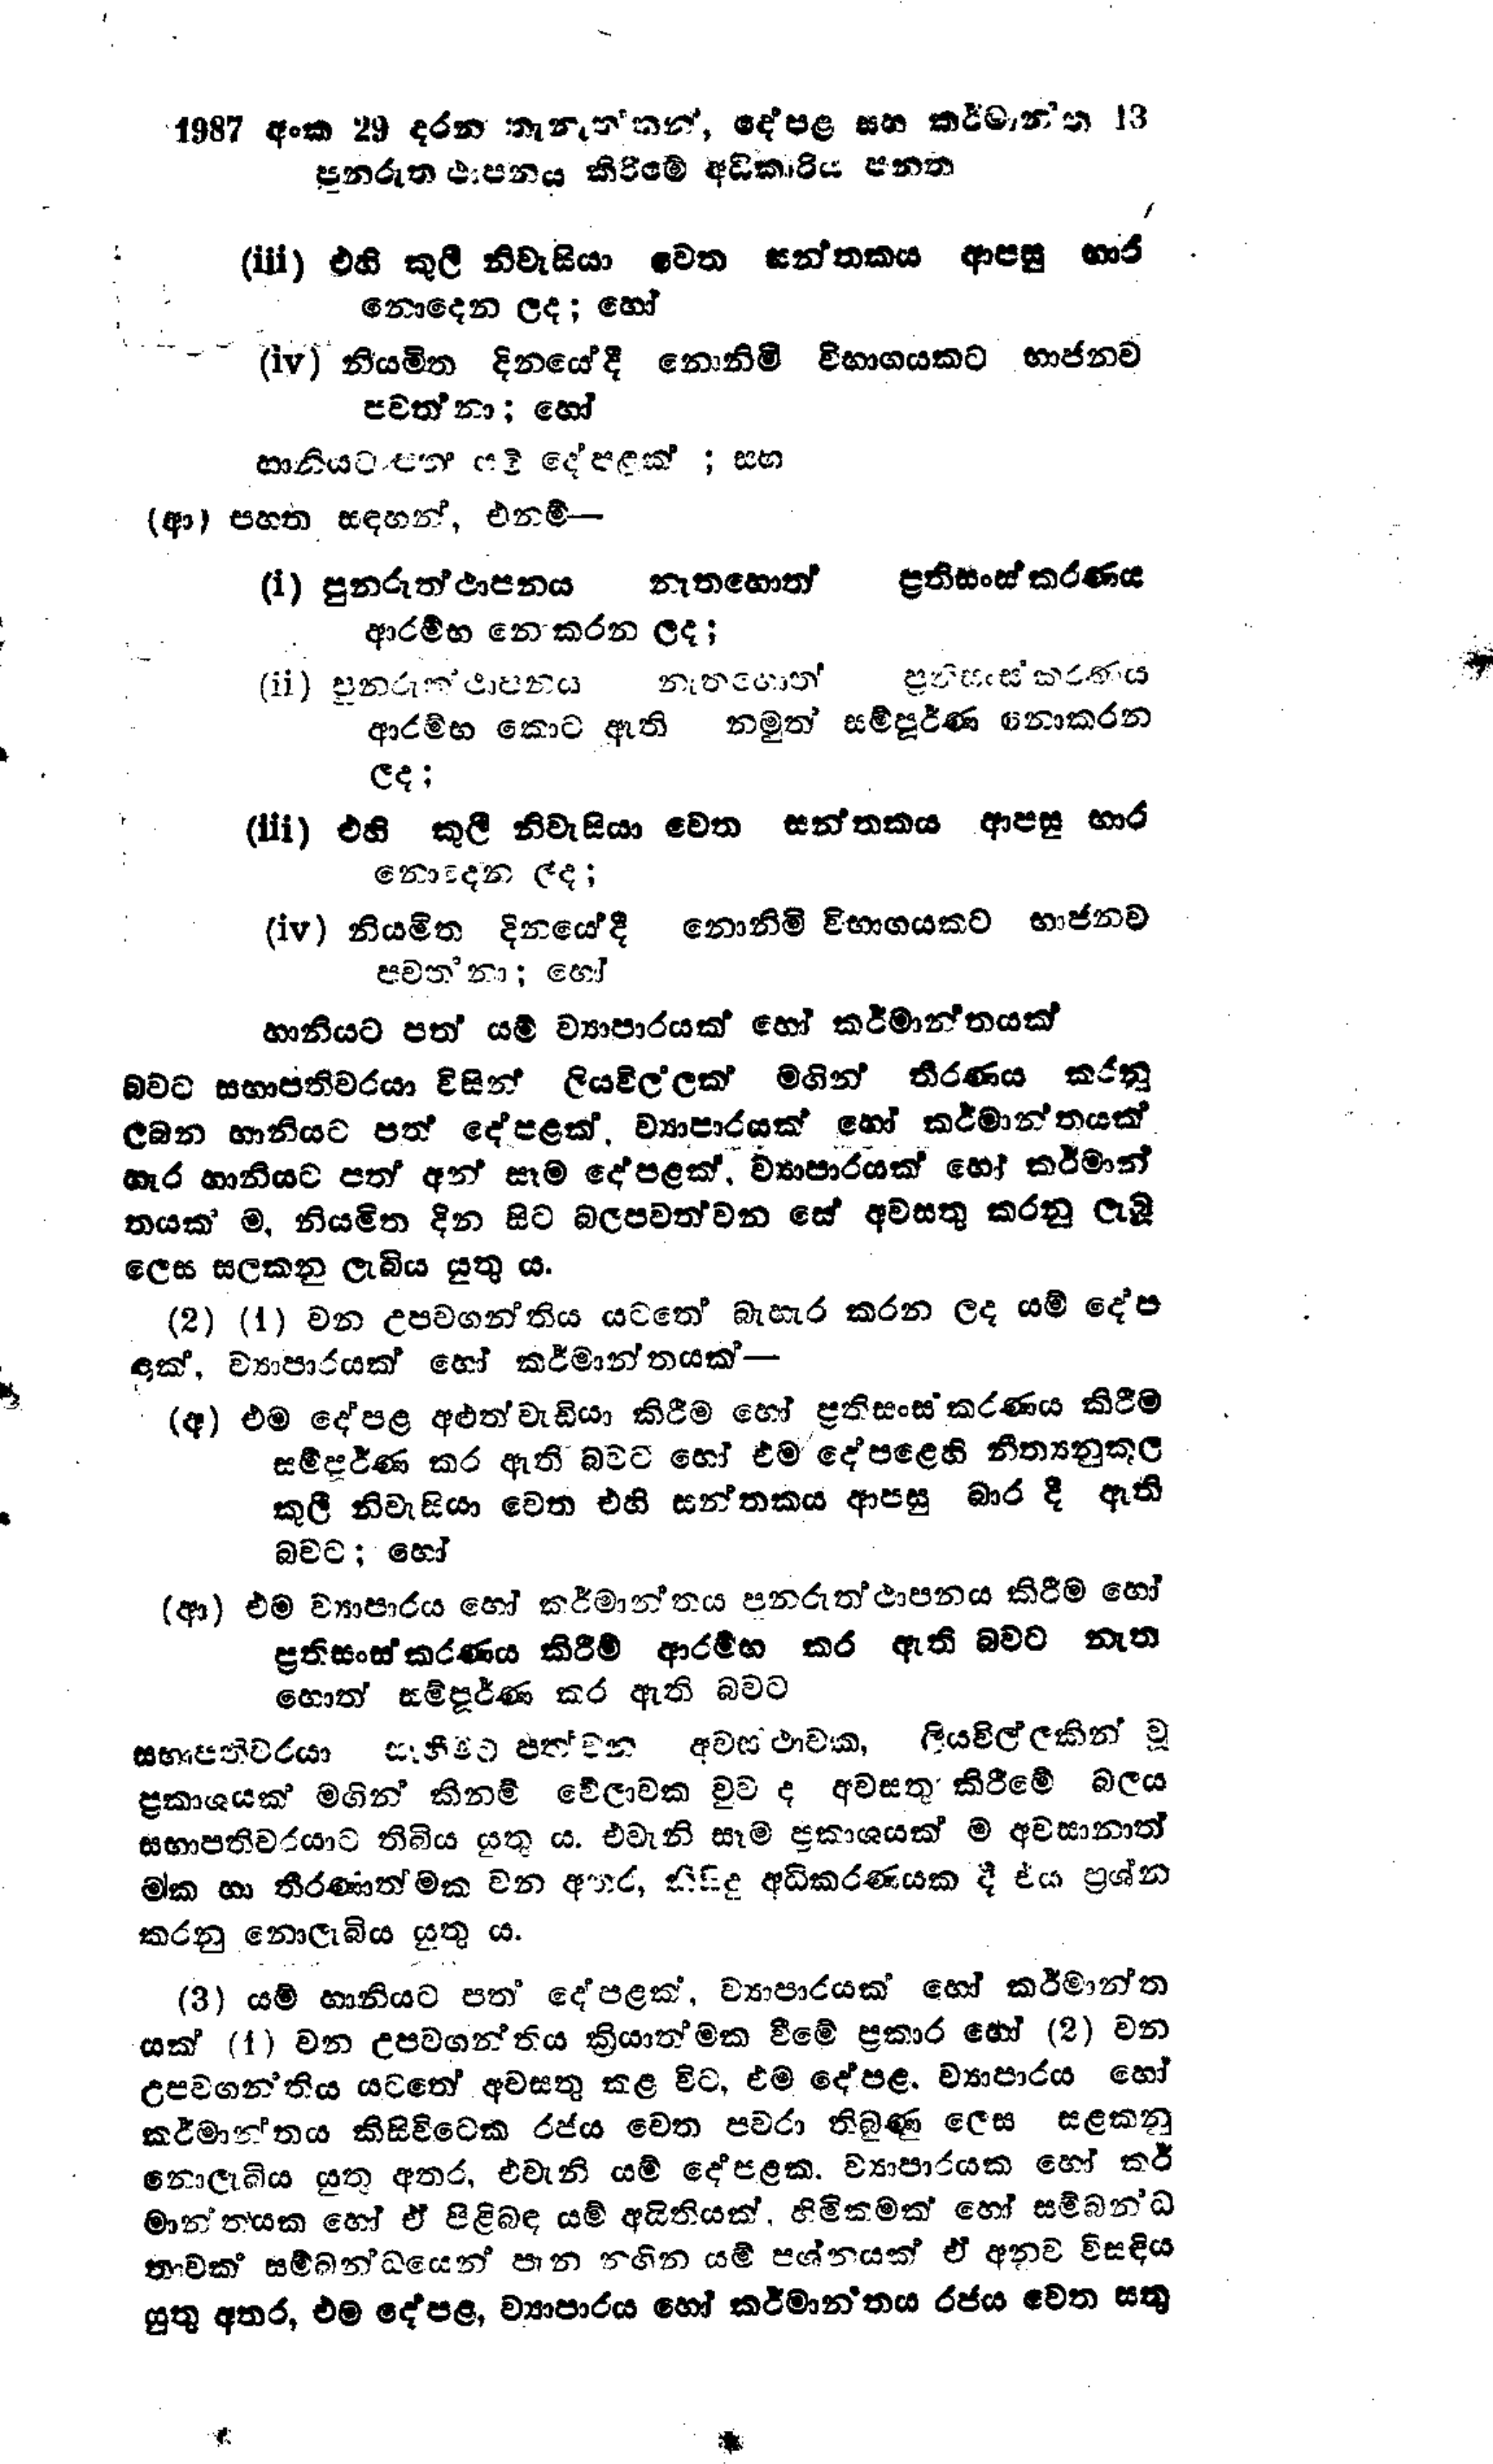
1987 අංක 29 දරන තැනැත්තන්, දේපළ සහ කර්මාන්ත 13
පුනරුත්ථාපනය කිරීමේ අධිකාරිය පනත

(iii) එහි කුලී නිවැසියා වෙත සන්තකය ආපසු භාර
නොදෙන ලද; හෝ

(iv) නියමිත දිනයේ දී නොනිමි විභාගයකට භාජනව
පවත්නා; හෝ

හානියට පත යම් දේපළක් ; සහ

(ආ) පහත සඳහන්, එනම් -

(i) පුනරුත්ථාපනය නැතහොත් ප්‍රතිසංස්කරණය
ආරම්භ නොකරන ලද;

(ii) පුනරුත්ථාපනය නැතහොත් ප්‍රතිසංස්කරණය
ආරම්භ කොට ඇති නමුත් සම්පූර්ණ නොකරන
ලද ;

(iii) එහි කුලී නිවැසියා වෙත සන්තකය ආපසු භාර
නොදන ලද;

(iv) නියමිත දිනයේ දී නොනිමි විභාගයකට භාජනව
පවත්නා; හෝ

හානියට පත් යම් ව්‍යාපාරයක් හෝ කර්මාන්තයක්

බවට සභාපතිවරයා විසින් ලියවිල්ලක් මගින් තීරණය කරනු
ලබන හානියට පත් දේපළක්. ව්‍යාපාරයක් හෝ කර්මාන්තයක්
හැර හානියට පත් අන් සෑම දේපළක්, ව්‍යාපාරයක් හෝ කර්මාන්
තයක් ම, නියමිත දින සිට බලපවත්වන සේ අවසතු කරනු ලැබූ
ලෙස සලකනු ලැබිය යුතු ය.

(2) (1) වන උපවගන්තිය යටතේ බැහැර කරන ලද යම් දේප
ළක්, ව්‍යාපාරයක් හෝ කර්මාන්තයක්-

(අ) එම දේපළ අළුත් වැඩියා කිරීම හෝ ප්‍රතිසංස්කරණය කිරීම
සම්පූර්ණ කර ඇති බවට හෝ එම දේපළෙහි නීත්‍යනුකූල
කුලී නිවැසියා වෙත එහි සන්තකය ආපසු බාර දී ඇති
බවට; හෝ

(ආ) එම ව්‍යාපාරය හෝ කර්මාන්තය පුනරුත්ථාපනය කිරීම හෝ
ප්‍රතිසංස්කරණය කිරීම් ආරම්භ කර ඇති බවට නැත
හොත් සම්පූර්ණ කර ඇති බවට

සභාපතිවරයා සෑහීමට පත්වන අවස්ථාවක, ලියවිල්ලකින් වූ
ප්‍රකාශයක් මගින් කිනම් වේලාවක වුව ද අවසතු කිරීමේ බලය
සභාපතිවරයාට තිබිය යුතු ය. එවැනි සෑම ප්‍රකාශයක් ම අවසානාත්
මක හා තීරණාත්මක වන අතර, නිසිදු අධිකරණයක දී එය ප්‍රශ්න
කරනු නොලැබිය යුතු ය.

(3) යම් හානියට පත් දේපළක්, ව්‍යාපාරයක් හෝ කර්මාන්ත
යක් (1) වන උපවගන්තිය ක්‍රියාත්මක වීමේ ප්‍රකාර හෝ (2) වන
උපවගන්තිය යටතේ අවසතු කළ විට, එම දේපළ, ව්‍යාපාරය හෝ
කර්මාන්තය කිසි විටෙක රජය වෙත පවරා තිබුණු ලෙස සළකනු
නොලැබිය යුතු අතර, එවැනි යම් දේපළක. ව්‍යාපාරයක හෝ කර්
මාන්තයක හෝ ඒ පිළිබඳ යම් අයිතියක්, හිමිකමක් හෝ සම්බන්ධ
තාවක් සම්බන්ධයෙන් පැන නගින යම් ප්‍රශ්නයක් ඒ අනුව විසඳිය
යුතු අතර, එම දේපළ, ව්‍යාපාරය හෝ කර්මාන්තය රජය වෙත සතු